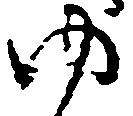
ゆ